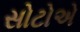
સોટોએ